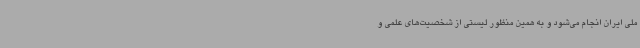
ملی ایران انجام می‌شود و به همین منظور لیستی از شخصیت‌های علمی و